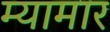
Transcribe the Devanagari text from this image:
म्यामार